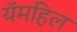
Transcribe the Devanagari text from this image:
यॅमहिल